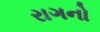
રાગનો